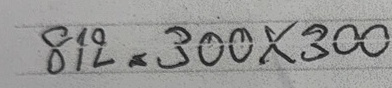
812 = 300x300